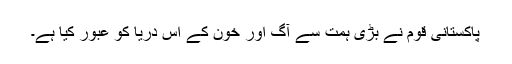
پاکستانی قوم نے بڑی ہمت سے آگ اور خون کے اس دریا کو عبور کیا ہے۔